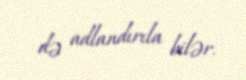
də adlandırıla bilər.